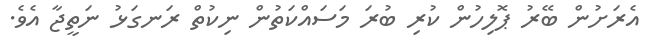
އެރަށުން ބޭރު ޕޮލިހުން ކުރި ބުރަ މަސައްކަތުން ނިކުތް ރަނގަޅު ނަތީޖާ އެވެ.